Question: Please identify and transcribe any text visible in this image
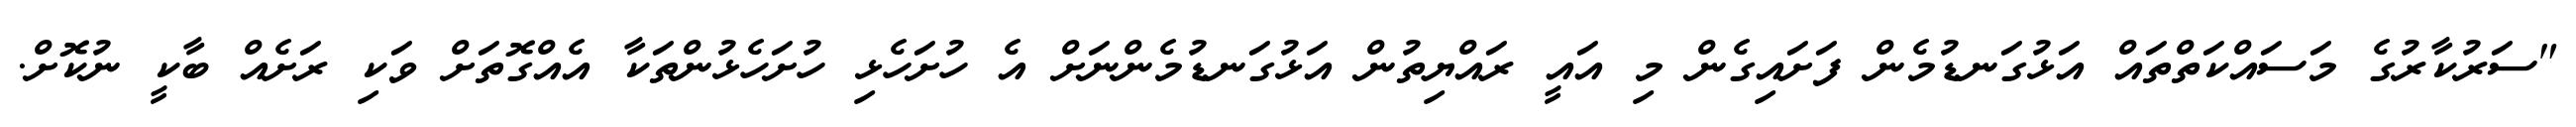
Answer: "ސަރުކާރުގެ މަސައްކަތްތައް އަޅުގަނޑުމެން ފަށައިގެން މި އައީ ރައްޔިތުން އަޅުގަނޑުމެންނަށް އެ ހުށަހެޅި ހުށަހެޅުންތަކާ އެއްގޮތަށް ވަކި ރަށެއް ބާކީ ނުކޮށް.